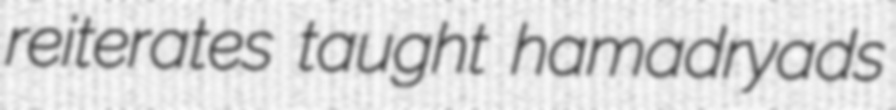
reiterates taught hamadryads